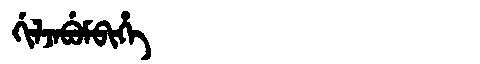
Manchu: ᡤᡳᠯᠵᠠᠪᡠᠮᠪᡳᡥᡝ
Romanization: GILJABUMBIHE